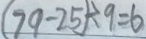
( 7 9 - 2 5 ) \div 9 = 6